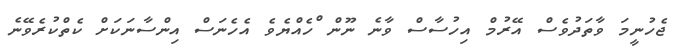
ޖެހުނީމަ ވާތަދުވެސް އޭރުމް އިހުސާސް ވާނެ ނޫން ްހެއްޔެވެ އެހެނަސް އިންސާނަކަށް ކެތްކުރެވޭނެ